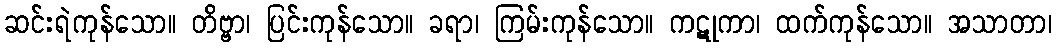
ဆင်းရဲကုန်သော။ တိဗ္ဗာ၊ ပြင်းကုန်သော။ ခရာ၊ ကြမ်းကုန်သော။ ကဋုကာ၊ ထက်ကုန်သော။ အသာတာ၊